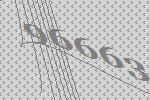
96663